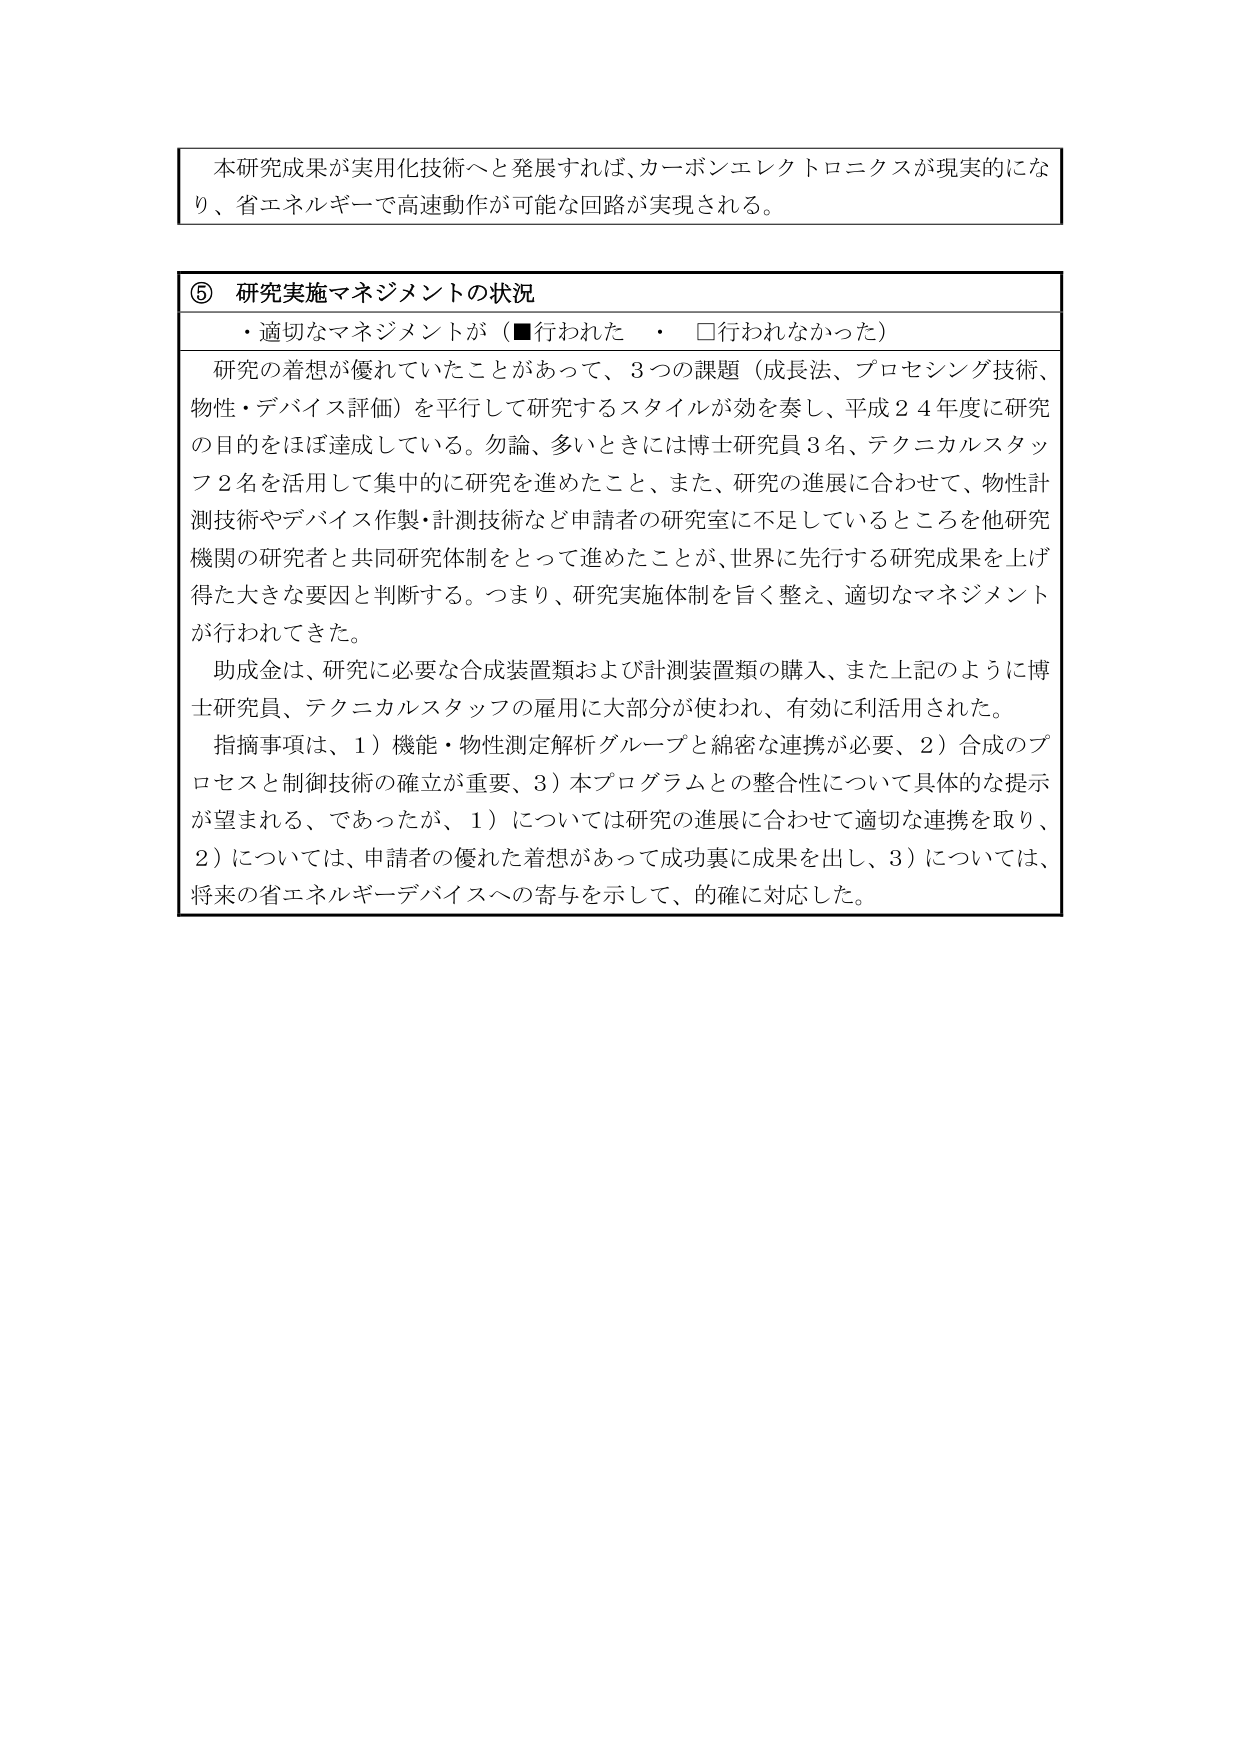
本研究成果が実用化技術へと発展すれば、カーボンエレクトロニクスが現実的になり、省エネルギーで高速動作が可能な回路が実現される。

⑤ 研究実施マネジメントの状況
・適切なマネジメントが（■行われた　・　□行われなかった）

研究の着想が優れていたことがあって、3つの課題（成長法、プロセシング技術、物性・デバイス評価）を平行して研究するスタイルが効を奏し、平成24年度に研究の目的をほぼ達成している。勿論、多いときには博士研究員3名、テクニカルスタッフ2名を活用して集中的に研究を進めたこと、また、研究の進展に合わせて、物性計測技術やデバイス作製・計測技術など申請者の研究室に不足しているところを他研究機関の研究者と共同研究体制をとって進めたことが、世界に先行する研究成果を上げ得た大きな要因と判断する。つまり、研究実施体制を旨く整え、適切なマネジメントが行われてきた。

助成金は、研究に必要な合成装置類および計測装置類の購入、また上記のように博士研究員、テクニカルスタッフの雇用に大部分が使われ、有効に利用された。

指摘事項は、1）機能・物性測定解析グループと綿密な連携が必要、2）合成のプロセスと制御技術の確立が重要、3）本プログラムとの整合性について具体的な提示が望まれる、であったが、1）については研究の進展に合わせて適切な連携を取り、2）については、申請者の優れた着想があって成功裏に成果を出し、3）については、将来の省エネルギーデバイスへの寄与を示して、的確に対応した。